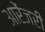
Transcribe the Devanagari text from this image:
आरेंजरी